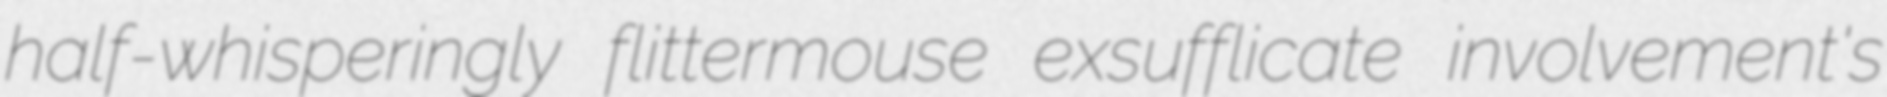
half-whisperingly flittermouse exsufflicate involvement's